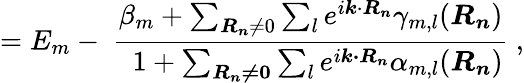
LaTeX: =E_{m}-\ {\frac{\beta_{m}+\sum_{{\boldsymbol{R_{n}}}\neq 0}\sum_{l}e^{i{\boldsymbol{k}}\cdot{\boldsymbol{R_{n}}}}\gamma_{m,l}({\boldsymbol{R_{n}}})}{\ \ 1+\sum_{\boldsymbol{R_{n}\neq 0}}\sum_{l}e^{i{\boldsymbol{k\cdot R_{n}}}}\alpha_{m,l}({\boldsymbol{R_{n}}})}}\ ,